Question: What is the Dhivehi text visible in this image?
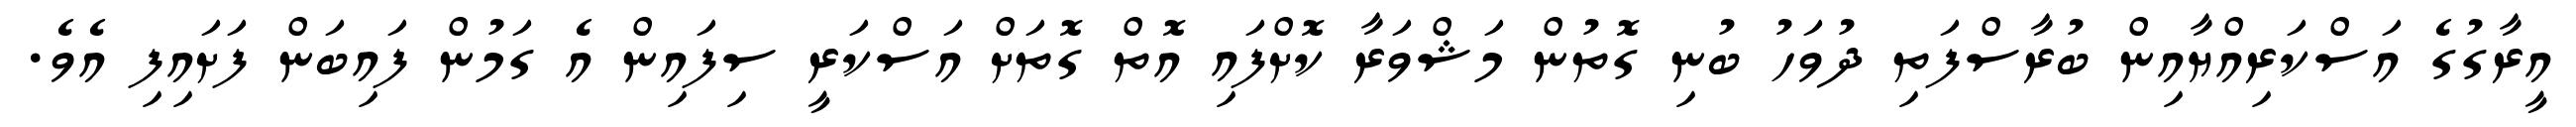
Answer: އީރާގުގެ އަސްކަރިއްޔާއިން ބުރާސްފަތި ދުވަހު ބުނި ގޮތުން މަޝްވަރާ ކޮށްފައި އޮތް ގޮތަށް އަސްކަރީ ސިފައިން އެ ގަމުން ފައިބަން ފަށައިފި އެވެ.